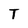
Character: T